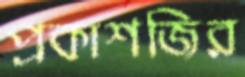
প্রকাশজির